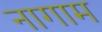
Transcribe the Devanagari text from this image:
नागाम